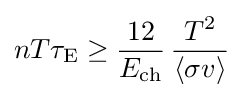
nT\tau _{\rm {E}}\geq {\frac {12}{E_{\rm {ch}}}}\,{\frac {T^{2}}{\langle \sigma v\rangle }}